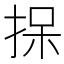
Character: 𪭷